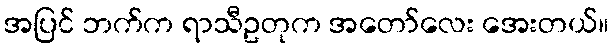
အပြင် ဘက်က ရာသီဥတုက အတော်လေး အေးတယ်။